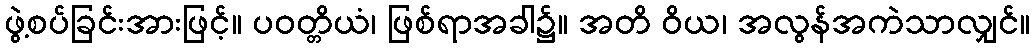
ဖွဲ့စပ်ခြင်းအားဖြင့်။ ပဝတ္တိယံ၊ ဖြစ်ရာအခါ၌။ အတိ ဝိယ၊ အလွန်အကဲသာလျှင်။